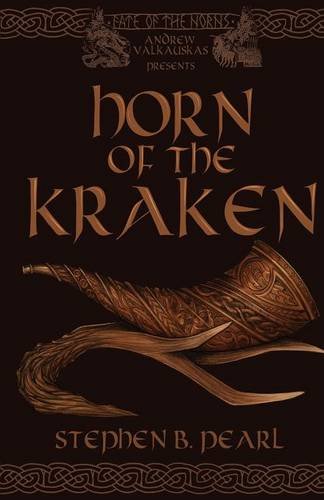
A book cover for Horn of the Kraken; Stephen B Pearl; Romance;